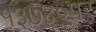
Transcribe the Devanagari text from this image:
१३७४०पर